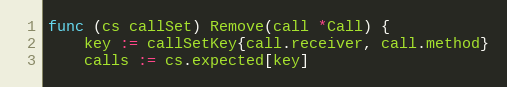
Language: Go
func (cs callSet) Remove(call *Call) {
	key := callSetKey{call.receiver, call.method}
	calls := cs.expected[key]